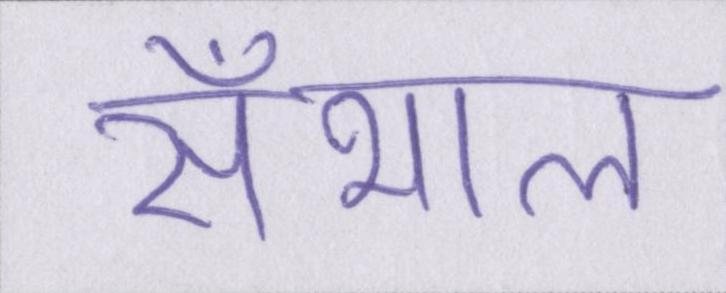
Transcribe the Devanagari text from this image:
सँभाल